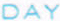
DAY